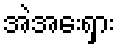
အဲအေးရှား